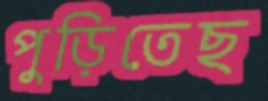
পুড়িতেছ